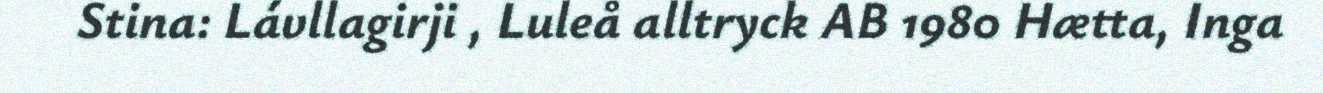
Stina: Lávllagirji , Luleå alltryck AB 1980 Hætta, Inga